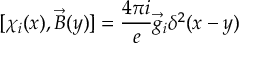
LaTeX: M = \frac { 1 } { \sqrt { 1 + { \bf \bar { w } } \cdot { \bf w } - { \frac { 1 } { 4 } } ( { \bf w } \times { \bf { \bar { w } } } ) ^ { 2 } } } \left( \begin{array} { c c } { { 1 - { \frac { i } { 2 } } ( { \bf w } \times { \bf \bar { w } } ) \cdot { \bf \sigma } } } & { { - { \bf w } \cdot { \bf \sigma } } } \\ { { { \bf \bar { w } } \cdot { \bf \sigma } } } & { { 1 + { \frac { i } { 2 } } ( { \bf w } \times { \bf \bar { w } } ) \cdot { \bf \sigma } } } \end{array} \right)